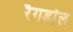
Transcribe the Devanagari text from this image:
रैगडॉल